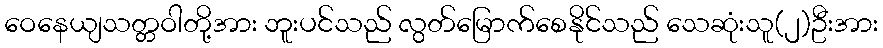
ဝေနေယျသတ္တဝါတို့အား ဘူးပင်သည် လွတ်မြောက်စေနိုင်သည် သေဆုံးသူ(၂)ဦးအား